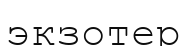
экзотер